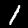
Label: 1